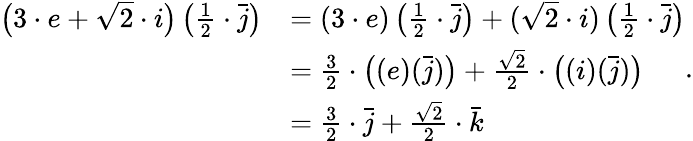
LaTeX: {\begin{array}{rl}{{\big(}3\cdot e+{\sqrt{2}}\cdot i{\big)}\left({\frac{1}{2}}\cdot{\bar{j}}\right)}&{=(3\cdot e)\left({\frac{1}{2}}\cdot{\bar{j}}\right)+({\sqrt{2}}\cdot i)\left({\frac{1}{2}}\cdot{\bar{j}}\right)}\\ &{={\frac{3}{2}}\cdot{\big(}(e)({\bar{j}}){\big)}+{\frac{\sqrt{2}}{2}}\cdot{\big(}(i)({\bar{j}}){\big)}}\\ &{={\frac{3}{2}}\cdot{\bar{j}}+{\frac{\sqrt{2}}{2}}\cdot{\bar{k}}}\end{array}}.